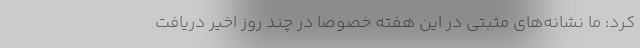
کرد: ما نشانه‌های مثبتی در این هفته خصوصا در چند روز اخیر دریافت